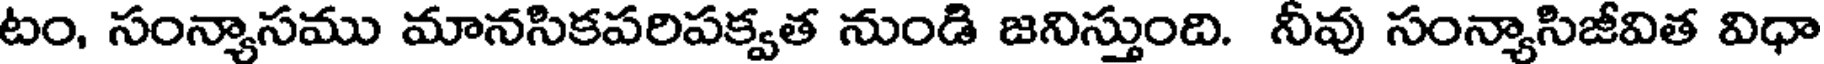
టం, సంన్యాసము మానసికపరిపక్వత నుండి జనిస్తుంది. నీవు సంన్యాసిజీవిత విధా